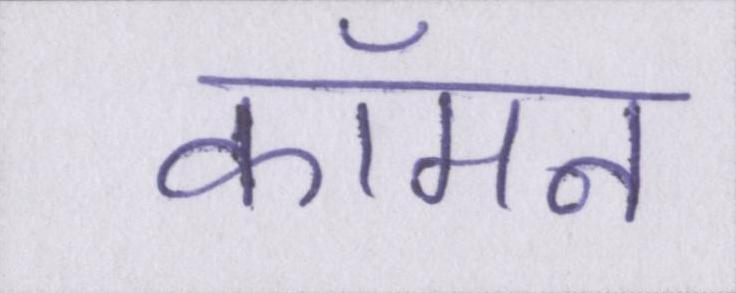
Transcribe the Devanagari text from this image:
कॉमन